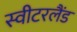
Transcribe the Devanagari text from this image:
स्‍वीटरलैंड